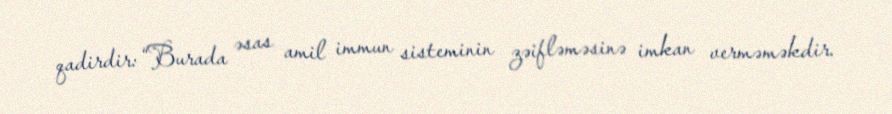
qadirdir: “Burada əsas amil immun sisteminin zəifləməsinə imkan verməməkdir.